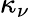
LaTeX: \kappa_{\nu}